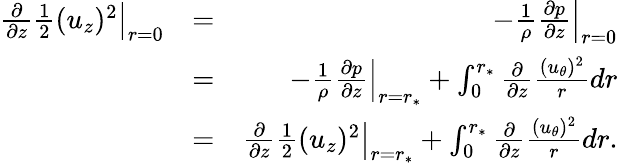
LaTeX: \begin{array}{rlr}{\left.{\frac{\partial}{\partial z}\frac{1}{2}(u_{z})^{2}}\right|_{r=0}}&{=}&{-\left.{\frac{1}{\rho}\frac{\partial p}{\partial z}}\right|_{r=0}}\\ &{=}&{-\left.{\frac{1}{\rho}\frac{\partial p}{\partial z}}\right|_{r=r_{\ast}}+\int_{0}^{r_{\ast}}\frac{\partial}{\partial z}\frac{(u_{\theta})^{2}}{r}dr}\\ &{=}&{\left.{\frac{\partial}{\partial z}\frac{1}{2}(u_{z})^{2}}\right|_{r=r_{\ast}}+\int_{0}^{r_{\ast}}\frac{\partial}{\partial z}\frac{(u_{\theta})^{2}}{r}dr.}\end{array}